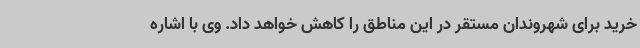
خرید برای شهروندان مستقر در این مناطق را کاهش خواهد داد. وی با اشاره